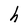
Character: h